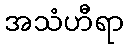
အသံဟီရာ